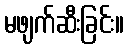
မဖျက်ဆီးခြင်း။